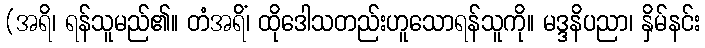
(အရိ၊ ရန်သူမည်၏။ တံအရိံ၊ ထိုဒေါသတည်းဟူသောရန်သူကို။ မဒ္ဒနိပညာ၊ နှိမ်နင်း